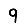
Digit: 9